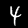
Digit: 4